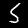
Digit: 5